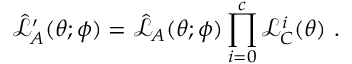
\hat { \mathcal { L } } _ { A } ^ { \prime } ( \boldsymbol { \theta } ; \boldsymbol { \phi } ) = \hat { \mathcal { L } } _ { A } ( \boldsymbol { \theta } ; \boldsymbol { \phi } ) \prod _ { i = 0 } ^ { c } \mathcal { L } _ { C } ^ { i } ( \boldsymbol { \theta } ) ~ .